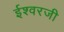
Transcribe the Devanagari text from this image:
ईश्वरजी